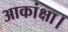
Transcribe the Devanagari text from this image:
आकांक्षा।